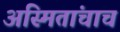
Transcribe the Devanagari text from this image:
अस्मितांचाच